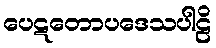
ပေဋတောပဒေသပါဠိ